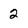
Character: 2